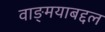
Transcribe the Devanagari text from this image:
वाङ्‌मयाबद्दल